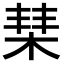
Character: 𣓵